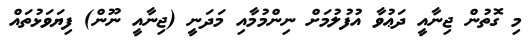
މި ގޮތުން ޖިނާއީ ދަޢުވާ އުފުލުމަށް ނިންމުމާއި މަދަނީ (ޖިނާއީ ނޫން) ފިޔަވަޅުތައް